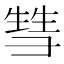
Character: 𰐤